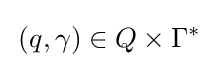
\,(q,\gamma )\in Q\times \Gamma ^{*}